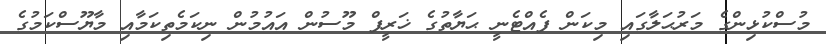
މުސްކުޅިންގެ މަރުޙަލާގައި މިކަން ފެއްޓެނީ ޙަޔާތުގެ ޚަރީފް މޫސުން އައުމުން ނިކަމެތިކަމާއި މާޔޫސްކަމުގެ